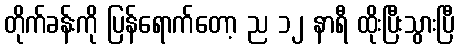
တိုက်ခန်းကို ပြန်ရောက်တော့ ည ၁၂ နာရီ ထိုးပြီးသွားပြီ